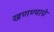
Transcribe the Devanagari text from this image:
खणण्याचे